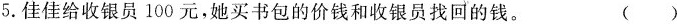
5.佳佳给收银员100元，她买书包的价钱和收银员找回的钱。 ( )